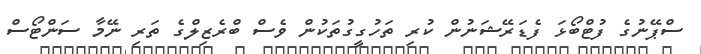
ސްޕޭނުގެ ފުޓްބޯޅަ ފެޑަރޭޝަނުން ކުރި ތަހުގީގުތަކުން ވެސް ބްރެޒިލްގެ ތަރި ނޭމާ ސަންޓޯސް